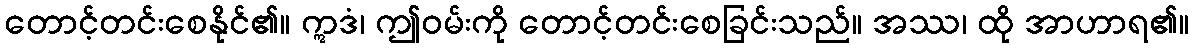
တောင့်တင်းစေနိုင်၏။ ဣဒံ၊ ဤဝမ်းကို တောင့်တင်းစေခြင်းသည်။ အဿ၊ ထို အာဟာရ၏။